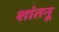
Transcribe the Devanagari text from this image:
शांतनू